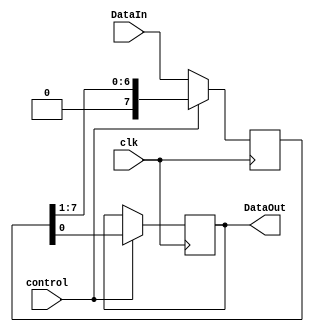
module Piso(clk,control,DataIn,DataOut);
  input clk;
  input control;
  input [7:0] DataIn;
  output reg DataOut;
  reg [7:0]temp;
  //Control register ~load=> 0 we load data ,shift =>1 shift data
 
  always @(posedge clk)
  begin 
    if(control==0)
      begin
      temp<=DataIn;
      end
    else
    begin
        DataOut<=temp[0];
        temp<=temp>>1;
      end
  end
endmodule